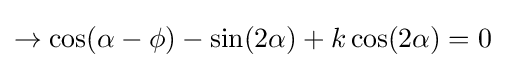
\rightarrow \cos(\alpha -\phi )-\sin(2\alpha )+k\cos(2\alpha )=0